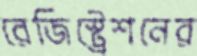
রেজিস্ট্রেশনের